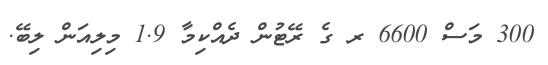
300 މަސް 6600 ރ ގެ ރޭޓުން ދެއްކިމާ 1.9 މިލިއަން ލިބޭ.